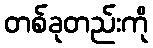
တစ်ခုတည်းကို